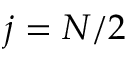
j = N / 2